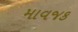
માવજક